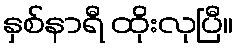
နှစ်နာရီ ထိုးလုပြီ။